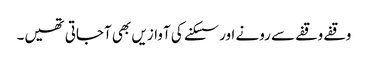
وقفے وقفے سے رونے اور سسکنے کی آوازیں بھی آجاتی تھیں۔